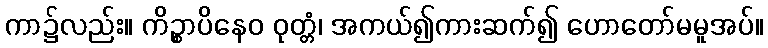
ကာ၌လည်း။ ကိဉ္စာပိနေဝ ဝုတ္တံ၊ အကယ်၍ကားဆက်၍ ဟောတော်မမူအပ်။